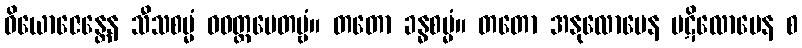
ဝိယောဇေန္တေန သီသစမ္မံ ဝဝတ္ထပေတဗ္ဗံ။ တတော ခန္ဓစမ္မံ။ တတော အနုလောမေန ပဋိလောမေန စ